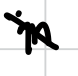
Text: in
Cross-out: diagonal
Writing tool: digital_black